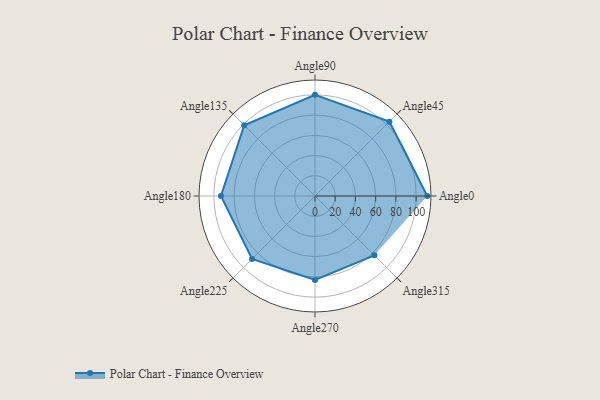
{"axis": {"x": "Angle", "y": "Radius"}, "legend": [""], "data": [{"x": "Angle0", "y": 111.0, "type": ""}, {"x": "Angle45", "y": 104.0, "type": ""}, {"x": "Angle90", "y": 100.0, "type": ""}, {"x": "Angle135", "y": 99.0, "type": ""}, {"x": "Angle180", "y": 93.0, "type": ""}, {"x": "Angle225", "y": 88.0, "type": ""}, {"x": "Angle270", "y": 83.0, "type": ""}, {"x": "Angle315", "y": 83.0, "type": ""}]}